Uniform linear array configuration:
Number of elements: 24
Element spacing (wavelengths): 0.5
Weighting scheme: hann
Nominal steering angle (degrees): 15
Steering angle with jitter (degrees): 13.325
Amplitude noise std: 0.05
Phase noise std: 0.05

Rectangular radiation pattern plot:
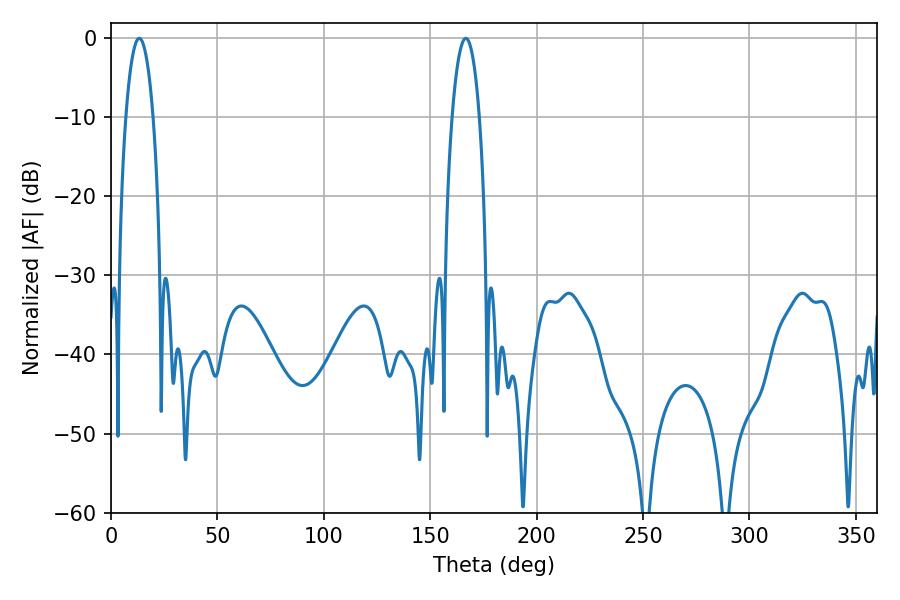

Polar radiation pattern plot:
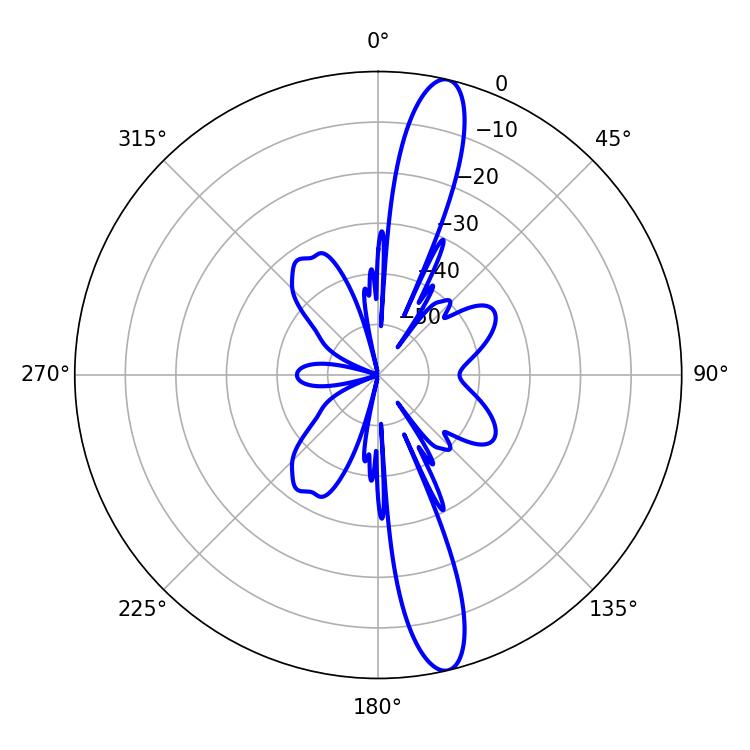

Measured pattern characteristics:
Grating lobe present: FALSE
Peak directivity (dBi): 15.128
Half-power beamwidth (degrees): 7.2
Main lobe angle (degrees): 13.32